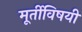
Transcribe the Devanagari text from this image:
मूर्तीविषयी